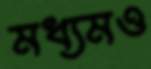
মধ্যমও